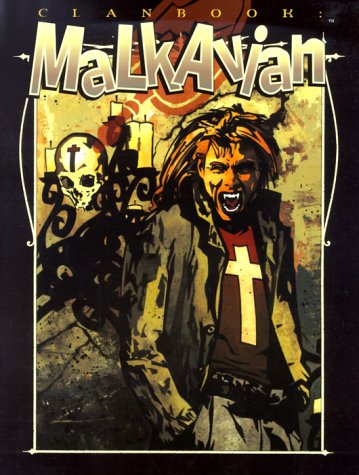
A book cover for Clanbook: Malkavian, Revised Edition (Vampire: The Masquerade Clanbooks); Jess Heinig; Science Fiction & Fantasy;